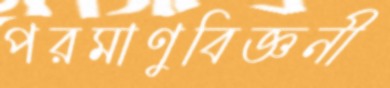
পরমাণুবিজ্ঞনী